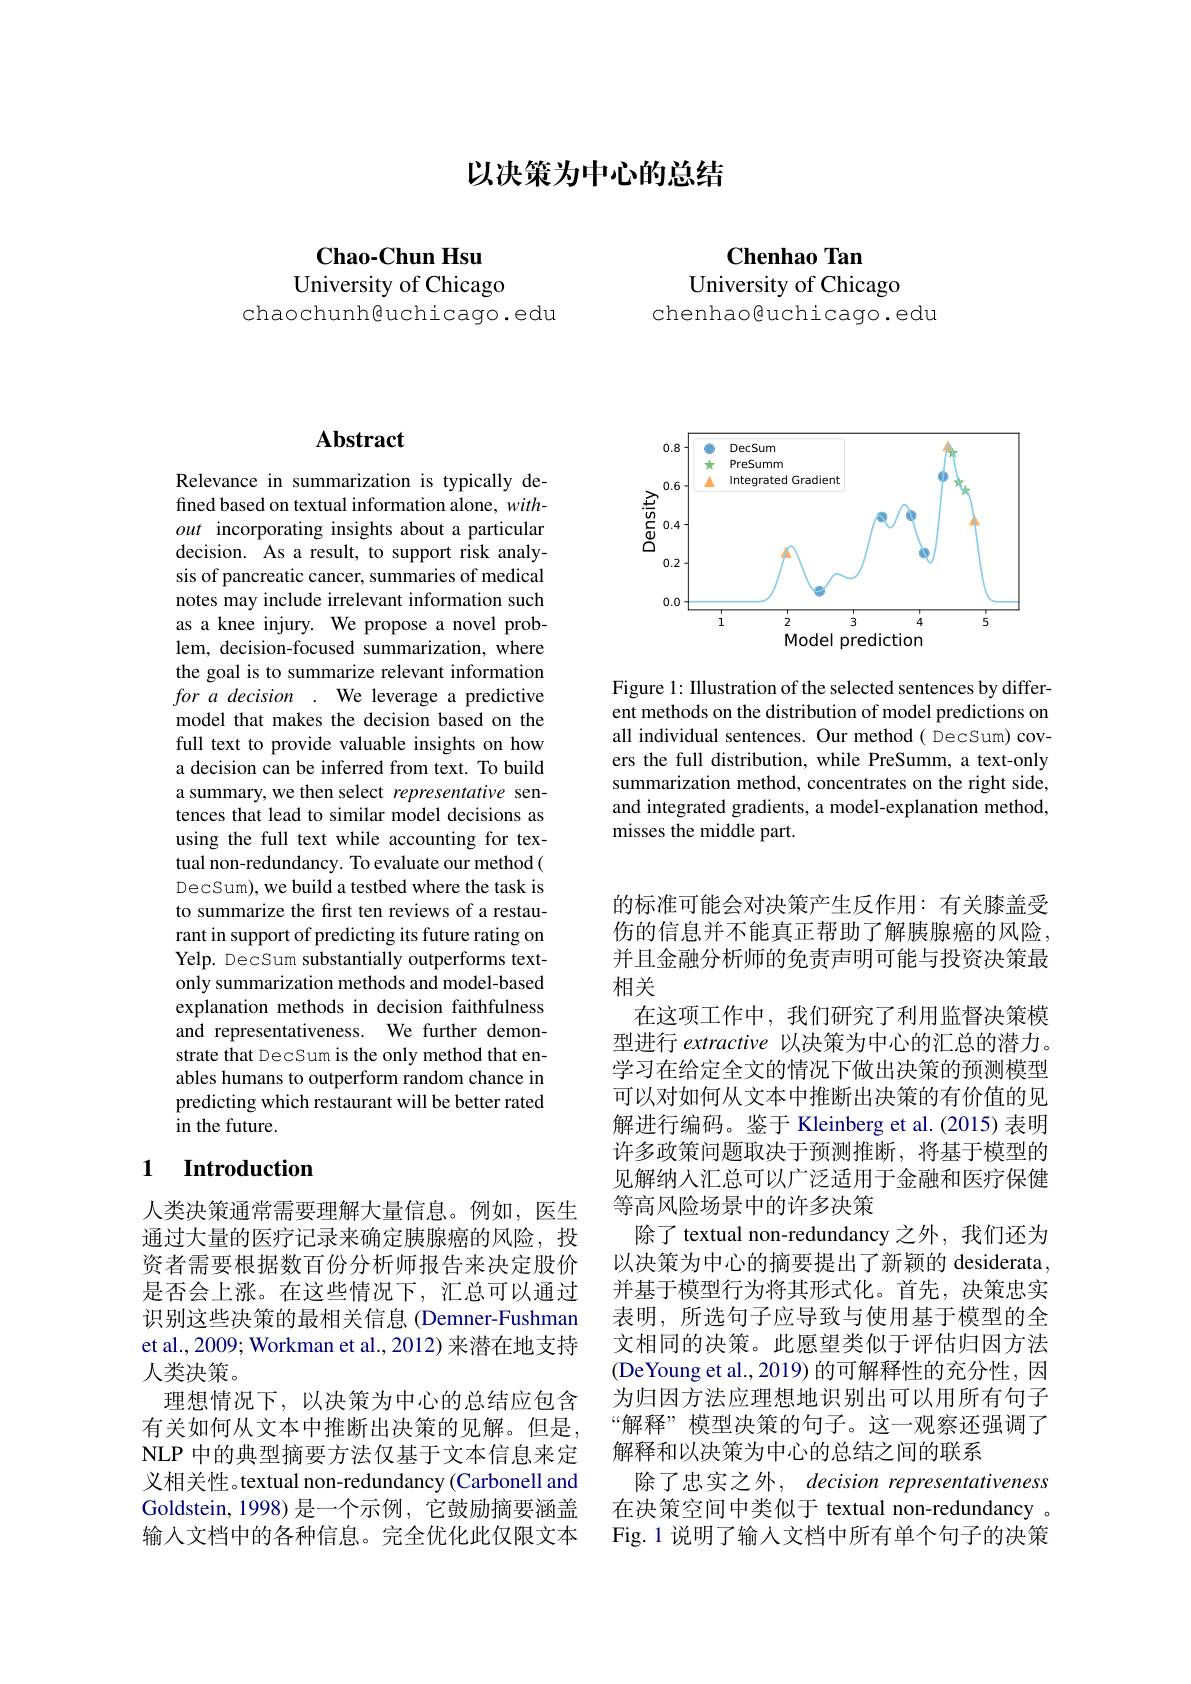
## 以决策为中心的总结

$\mathbf{Chao-ChunHsu}$
University of Chicago

chaochunh@uchicago.edu

$\mathbf{Chenhao}$ Tan

University of Chicago
chenhaoguchicago.edu

## $\mathbf{Abstract}$

Relevance in summarization is typically defined based on textual information alone, without incorporating insights about a particular decision. As a result, to support risk analysis of pancreatic cancer, summaries of medical notes may include irrelevant information such as a knee injury. We propose a novel problem, decision-focused summarization, where the goal is to summarize relevant information for a decision . We leverage a predictive model that makes the decision based on the full text to provide valuable insights on how a decision can be inferred from text. To build a summary, we then select representative sentences that lead to similar model decisions as using the full text while accounting for textual non-redundancy. To evaluate our method( DecSum), we build a testbed where the task is to summarize the first ten reviews of a restaurant in support of predicting its future rating on Yelp. DecSum substantially outperforms textonly summarization methods and model-based explanation methods in decision faithfulness and representativeness. We further demonstrate that DecSum is the only method that enables humans to outperform random chance in predicting which restaurant will be better rated in the future.

### 1 Introduction

人类决策通常需要理解大量信息。例如，医生通过大量的医疗记录来确定胰腺癌的风险，投资者需要根据数百份分析师报告来决定股价是否会上涨。在这些情况下，汇总可以通过识别这些决策的最相关信息 (Demner-Fushman et al., 2009; Workman et al., 2012) 来潜在地支持人类决策。
理想情况下，以决策为中心的总结应包含有关如何从文本中推断出决策的见解。但是， NLP 中的典型摘要方法仅基于文本信息来定义相关性。textual non-redundancy (Carbonell and Goldstein, 1998) 是一个示例，它鼓励摘要涵盖输入文档中的各种信息。完全优化此仅限文本

<FigureHere>

Figure 1: IIlustration of the selected sentences by different methods on the distribution of model predictions on all individual sentences. Our method( DecSum) covers the full distribution, while PreSumm, a text-only summarization method, concentrates on the right side, and integrated gradients, a model-explanation method, misses the middle part.

的标准可能会对决策产生反作用：有关膝盖受伤的信息并不能真正帮助了解胰腺癌的风险， 并且金融分析师的免责声明可能与投资决策最相关
在这项工作中，我们研究了利用监督决策模型进行 extractive 以决策为中心的汇总的潜力。学习在给定全文的情况下做出决策的预测模型可以对如何从文本中推断出决策的有价值的见解进行编码。鉴于 Kleinberg et al.(2015) 表明许多政策问题取决于预测推断，将基于模型的见解纳人汇总可以广泛适用于金融和医疗保健等高风险场景中的许多决策
除了 textual non-redundancy 之外，我们还为以决策为中心的摘要提出了新颖的 desiderata, 并基于模型行为将其形式化。首先，决策忠实表明，所选句子应导致与使用基于模型的全文相同的决策。此愿望类似于评估归因方法(DeYoung et al., 2019) 的可解释性的充分性，因为归因方法应理想地识别出可以用所有句子“解释”模型决策的句子。这一观察还强调了解释和以决策为中心的总结之间的联系
除了忠实之外，decision representativeness 在决策空间中类似于 textual non-redundancy 。Fig.1 说明了输入文档中所有单个句子的决策